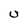
Character: U